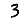
Digit: 3